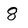
Character: 8